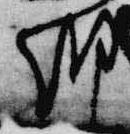
朝